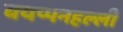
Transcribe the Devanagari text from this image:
बयप्पनहल्ली